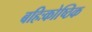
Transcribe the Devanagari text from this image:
बहिःकोष्ठिक